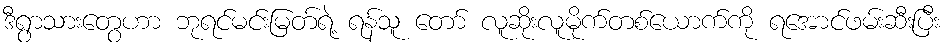
ဒီရွာသားတွေဟာ ဘုရင်မင်းမြတ်ရဲ့ ရန်သူ တော် လူဆိုးလူမိုက်တစ်ယောက်ကို ရအောင်ဖမ်းဆီးပြီး